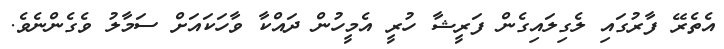
އެތެރޭ ފާރުގައި ލެގިލައިގެން ފަރީޝާ ހުރީ އެމީހުން ދައްކާ ވާހަކައަށް ސަމާލު ވެގެންނެވެ.